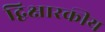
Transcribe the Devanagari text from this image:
द्विक्षारकीय